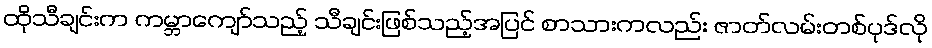
ထိုသီချင်းက ကမ္ဘာကျော်သည့် သီချင်းဖြစ်သည့်အပြင် စာသားကလည်း ဇာတ်လမ်းတစ်ပုဒ်လို